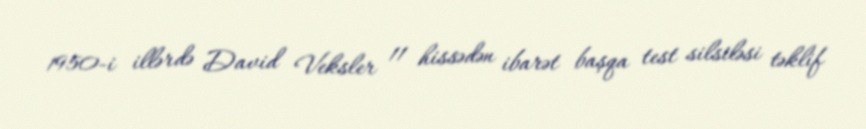
1950-i illərdə David Veksler 11 hissədən ibarət başqa test silsiləsi təklif